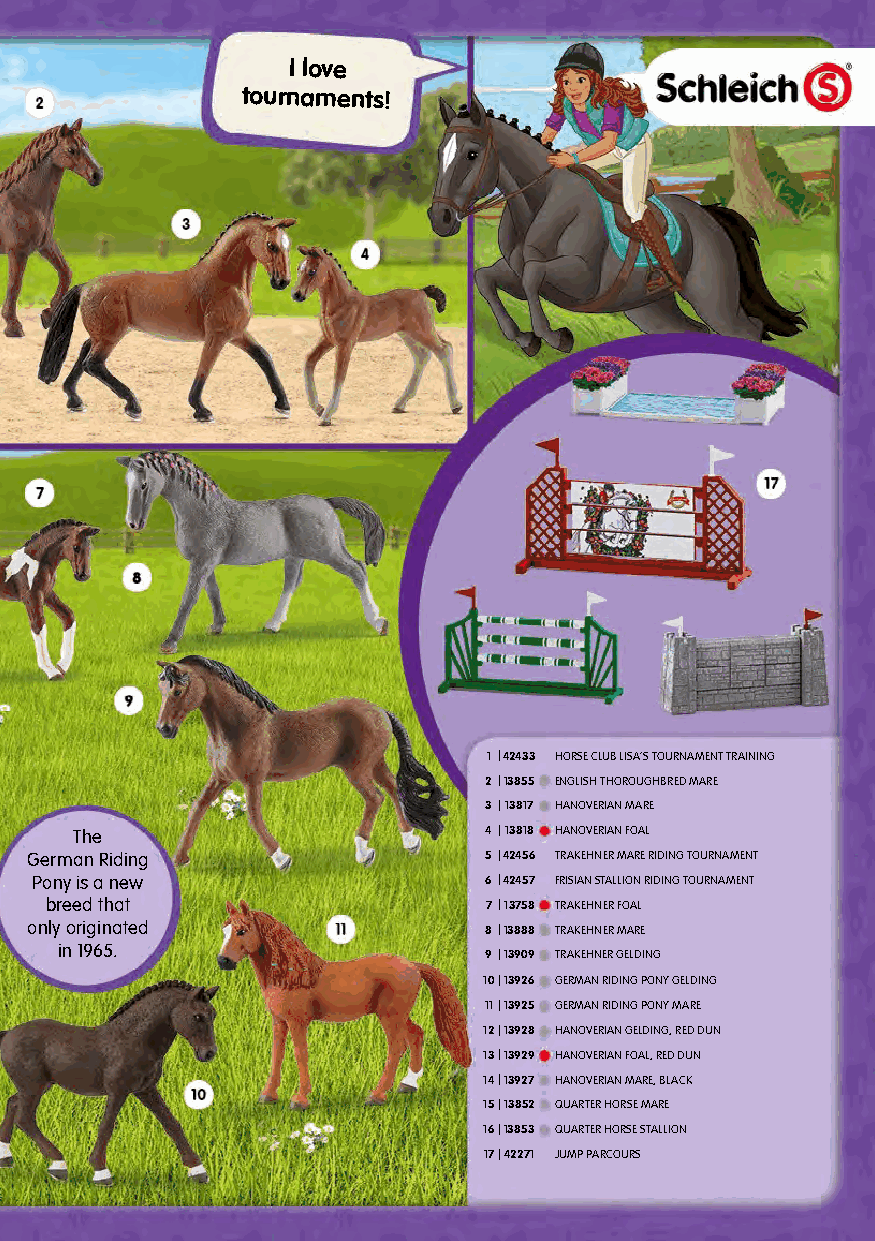
I love
 tournaments!
 1 |42433 HORSE CLUB LISA’S TOURNAMENT TRAINING
 2|13855 ENGLISH THOROUGHBRED MARE
 3|13817 HANOVERIAN MARE
 The                        4|13818 HANOVERIAN FOAL
 German Riding                 5|42456 TRAKEHNER MARE RIDING TOURNAMENT
 Pony is a new                 6|42457 FRISIAN STALLION RIDING TOURNAMENT
 breed that                   7|13758 TRAKEHNER FOAL
 only originated               8|13888 TRAKEHNER MARE
 in 1965.                    9|13909 TRAKEHNER GELDING
 10|13926 GERMAN RIDING PONY GELDING
 11|13925 GERMAN RIDING PONY MARE
 12|13928 HANOVERIAN GELDING, RED DUN
 13|13929 HANOVERIAN FOAL, RED DUN
 14|13927 HANOVERIAN MARE, BLACK
 15|13852 QUARTER HORSE MARE
 16|13853 QUARTER HORSE STALLION
 17|42271 JUMP PARCOURS